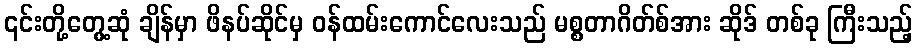
၎င်းတို့တွေ့ဆုံ ချိန်မှာ ဖိနပ်ဆိုင်မှ ဝန်ထမ်းကောင်လေးသည် မစ္စတာဂိတ်စ်အား ဆိုဒ် တစ်ခု ကြီးသည့်